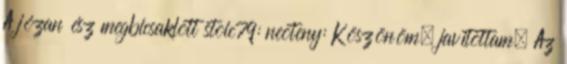
A józan ész megbicsaklott stoic79: neoteny: Köszönöm, javítottam. Az